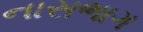
નાસભાગ